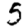
Digit: 5